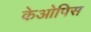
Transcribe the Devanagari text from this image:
केओपिस